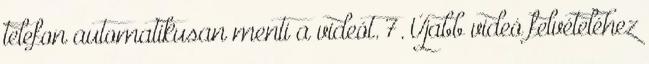
telefon automatikusan menti a videót. 7. Újabb videó felvételéhez